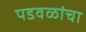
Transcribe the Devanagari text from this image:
पडवळांचा